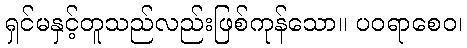
ရှင်မနှင့်တူသည်လည်းဖြစ်ကုန်သော။ ပဝရာစေဝ၊